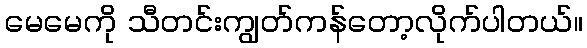
မေမေကို သီတင်းကျွတ်ကန်တော့လိုက်ပါတယ်။